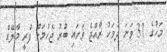
މަހުގެ 31 ވަނަ ދުވަހު ރާއްޖެ ވަށައި ބުރު ޖެހުމަށް ފުރީ މާލޭގެ